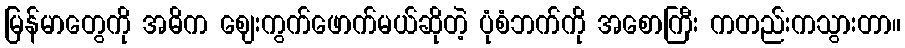
မြန်မာတွေကို အဓိက ဈေးကွက်ဖောက်မယ်ဆိုတဲ့ ပုံစံဘက်ကို အစောကြီး ကတည်းကသွားတာ။